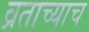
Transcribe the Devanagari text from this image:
व्रताच्याच